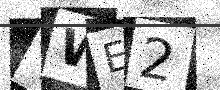
Text: TWE2